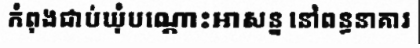
កំពុងជាប់ឃុំបណ្តោះអាសន្ន នៅពន្ធនាគារ